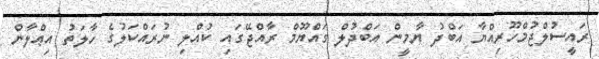
ރައީސުލްޖުމްހޫރިއްޔާ އަބްދު ޔާމީން އަބްދުލް ގައްޔޫމް ރާއްޖޭގައި ކުއްލި ނުރައްކަލުގެ ހާލަތު އިޢްލާން